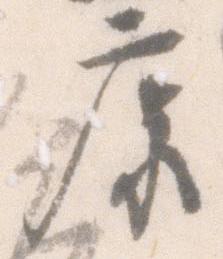
康